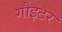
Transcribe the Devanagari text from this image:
गौइटर